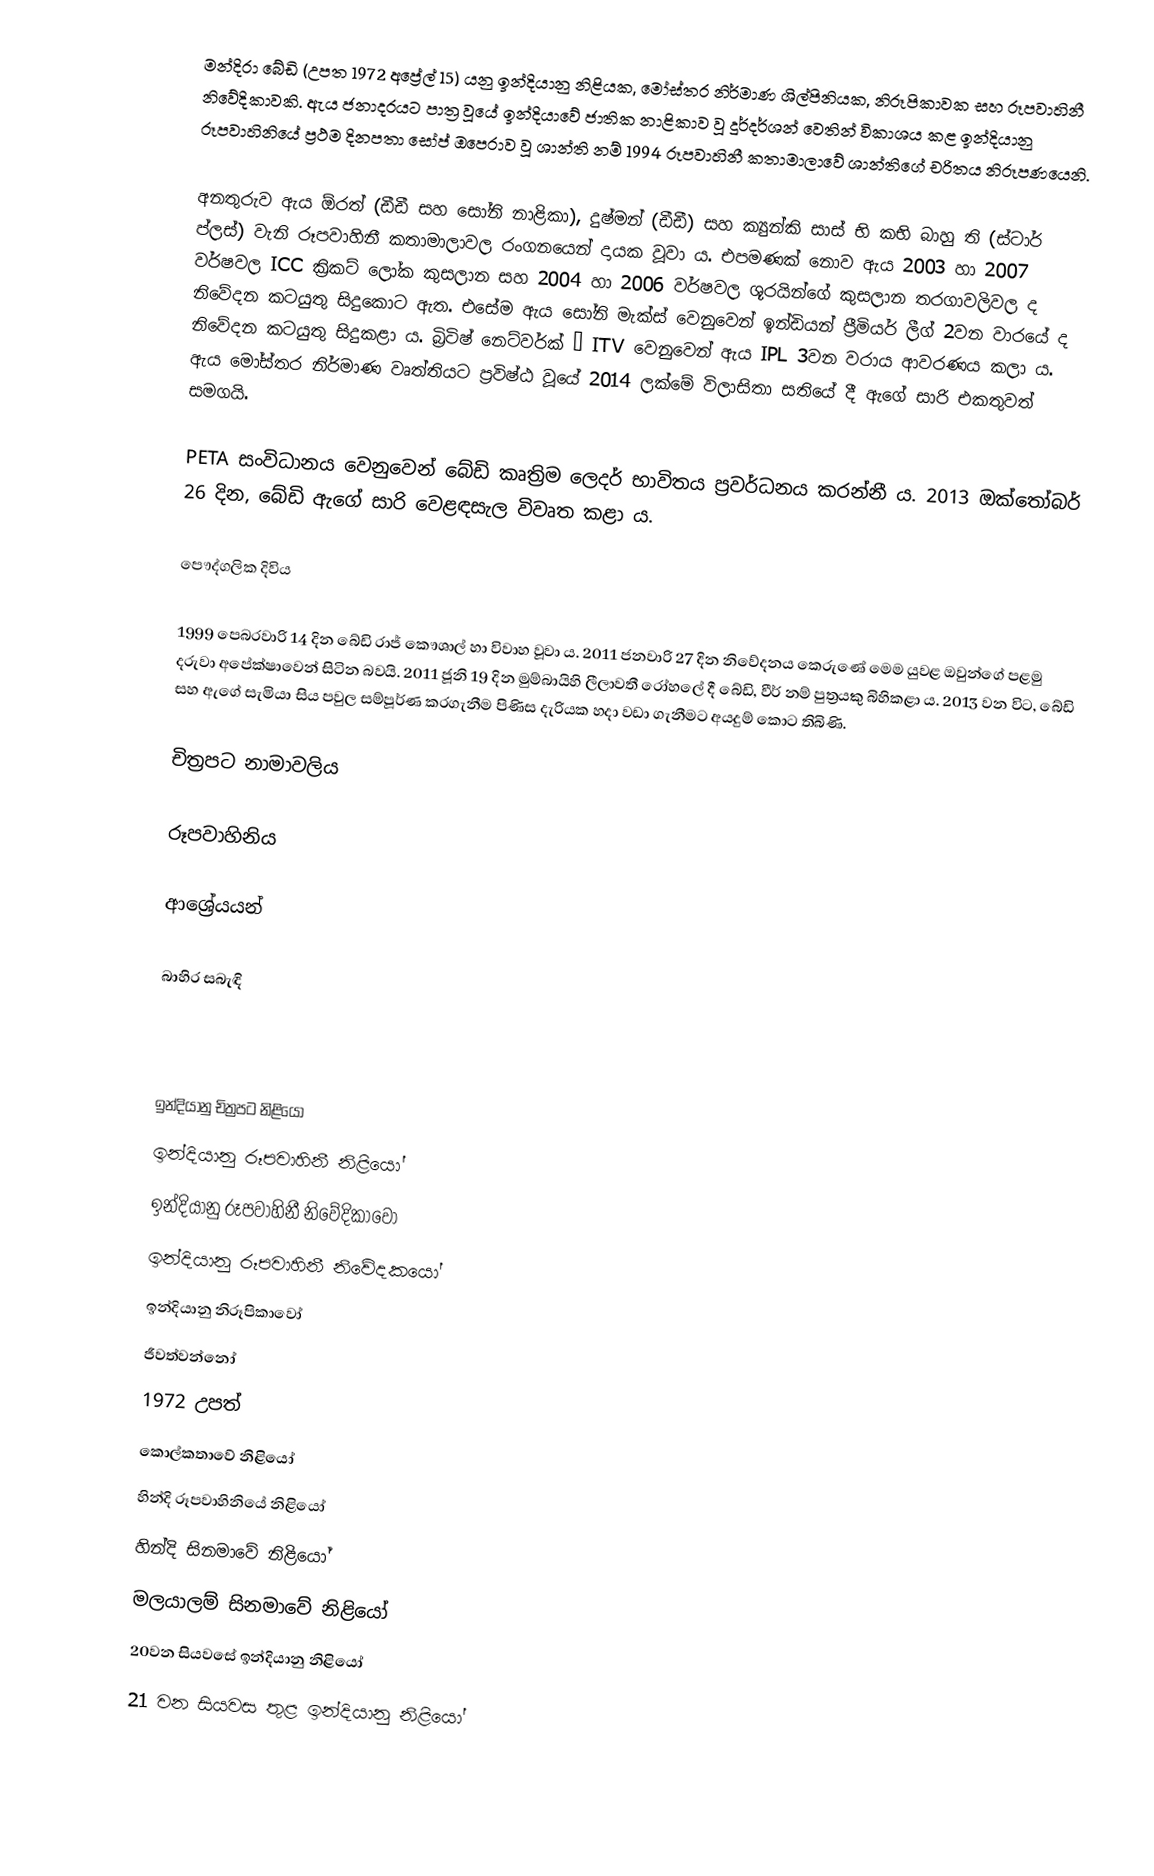
මන්දිරා බේඩි (උපත 1972 අප්‍රේල් 15) යනු ඉන්දියානු නිළියක, මෝස්තර නිර්මාණ ශිල්පිනියක, නිරූපිකාවක සහ රූපවාහිනී නිවේදිකාවකි. ඇය ජනාදරයට පාත්‍ර වූයේ ඉන්දියාවේ ජාතික නාළිකාව වූ දූර්දර්ශන් වෙතින් විකාශය කළ ඉන්දියානු රූපවාහිනියේ ප්‍රථම දිනපතා සෝප් ඔපෙරාව වූ ශාන්ති නම් 1994 රූපවාහිනී කතාමාලාවේ ශාන්තිගේ චරිතය නිරූපණයෙනි.

අනතුරුව ඇය ඕරත් (ඩීඩී සහ සෝනි නාළිකා), දුෂ්මන් (ඩීඩී) සහ ක්‍යුන්කි සාස් භි කභි බාහු ති (ස්ටාර් ප්ලස්) වැනි රූපවාහිනී කතාමාලාවල රංගනයෙන් දායක වූවා ය. එපමණක් නොව ඇය 2003 හා 2007 වර්ෂවල ICC ක්‍රිකට් ලෝක කුසලාන සහ 2004 හා 2006 වර්ෂවල ශූරයින්ගේ කුසලාන තරගාවලිවල ද නිවේදන කටයුතු සිදුකොට ඇත. එසේම ඇය සෝනි මැක්ස් වෙනුවෙන් ඉන්ඩියන් ප්‍රීමියර් ලීග් 2වන වාරයේ ද නිවේදන කටයුතු සිදුකළා ය. බ්‍රිටිෂ් නෙට්වර්ක් – ITV වෙනුවෙන් ඇය IPL 3වන වරාය ආවරණය කලා ය. ඇය මෝස්තර නිර්මාණ වෘත්තියට ප්‍රවිෂ්ඨ වූයේ 2014 ලක්මේ විලාසිතා සතියේ දී ඇගේ සාරි එකතුවත් සමගයි.

PETA සංවිධානය වෙනුවෙන් බේඩි කෘත්‍රිම ලෙදර් භාවිතය ප්‍රවර්ධනය කරන්නී ය. 2013 ඔක්තෝබර් 26 දින, බේඩි ඇගේ සාරි වෙළඳසැල විවෘත කළා ය.

පෞද්ගලික දිවිය

1999 පෙබරවාරි 14 දින බේඩි රාජ් කෞශාල් හා විවාහ වූවා ය. 2011 ජනවාරි 27 දින නිවේදනය කෙරුණේ මෙම යුවළ ඔවුන්ගේ පළමු දරුවා අපේක්ෂාවෙන් සිටින බවයි. 2011 ජූනි 19 දින මුම්බායිහි ලීලාවතී රෝහලේ දී බේඩි, වීර් නම් පුත්‍රයකු බිහිකළා ය. 2013 වන විට, බේඩි සහ ඇගේ සැමියා සිය පවුල සම්පූර්ණ කරගැනීම පිණිස දැරියක හදා වඩා ගැනීමට අයදුම් කොට තිබිණි.

චිත්‍රපට නාමාවලිය

රූපවාහිනිය

ආශ්‍රේයයන්

බාහිර සබැඳි

ඉන්දියානු චිත්‍රපට නිළියෝ
ඉන්දියානු රූපවාහිනී නිළියෝ
ඉන්දියානු රූපවාහිනී නිවේදිකාවෝ
ඉන්දියානු රූපවාහිනී නිවේදකයෝ
ඉන්දියානු නිරූපිකාවෝ
ජීවත්වන්නෝ
1972 උපත්
කොල්කතාවේ නිළියෝ
හින්දි රූපවාහිනියේ නිළියෝ
හින්දි සිනමාවේ නිළියෝ
මලයාලම් සිනමාවේ නිළියෝ
20වන සියවසේ ඉන්දියානු නිළියෝ
21 වන සියවස තුළ ඉන්දියානු නිළියෝ